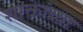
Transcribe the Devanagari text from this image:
शाक्तांच्या